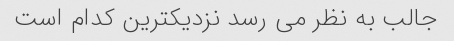
جالب به نظر می رسد نزدیکترین کدام است